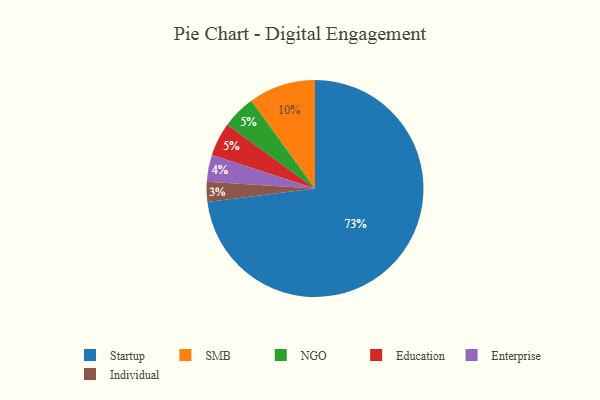
{"axis": {"x": "Category", "y": "Percentage"}, "legend": ["Education", "Enterprise", "Individual", "NGO", "SMB", "Startup"], "data": [{"x": "SMB", "y": 10, "type": "SMB"}, {"x": "Enterprise", "y": 4, "type": "Enterprise"}, {"x": "Startup", "y": 73, "type": "Startup"}, {"x": "Individual", "y": 3, "type": "Individual"}, {"x": "NGO", "y": 5, "type": "NGO"}, {"x": "Education", "y": 5, "type": "Education"}]}